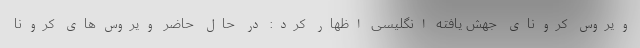
ویروس کرونای جهش یافته انگلیسی اظهار کرد: در حال حاضر ویروس‌های کرونا